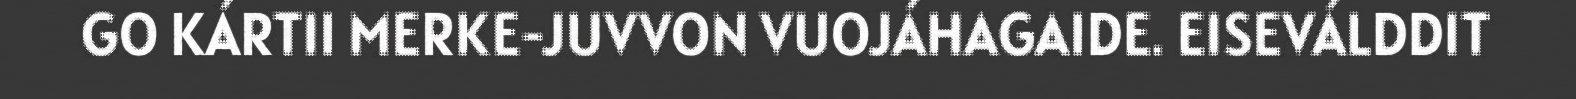
GO KÁRTII MERKE-JUVVON VUOJÁHAGAIDE. EISEVÁLDDIT